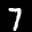
Label: 7